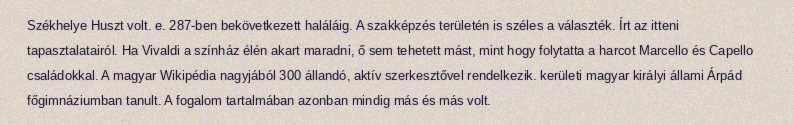
Székhelye Huszt volt. e. 287-ben bekövetkezett haláláig. A szakképzés területén is széles a választék. Írt az itteni tapasztalatairól. Ha Vivaldi a színház élén akart maradni, ő sem tehetett mást, mint hogy folytatta a harcot Marcello és Capello családokkal. A magyar Wikipédia nagyjából 300 állandó, aktív szerkesztővel rendelkezik. kerületi magyar királyi állami Árpád főgimnáziumban tanult. A fogalom tartalmában azonban mindig más és más volt.